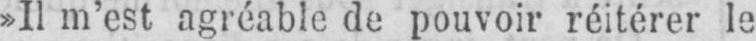
»Il m’est agréable de pouvoir réitérer le